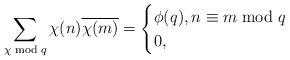
LaTeX: \begin{align*}\sum_{\chi \bmod q} \chi(n) \overline{\chi(m)} =\begin{cases}\phi(q), n \equiv m \bmod q \\0, \end{cases}\end{align*}